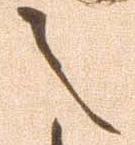
之